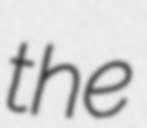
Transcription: the